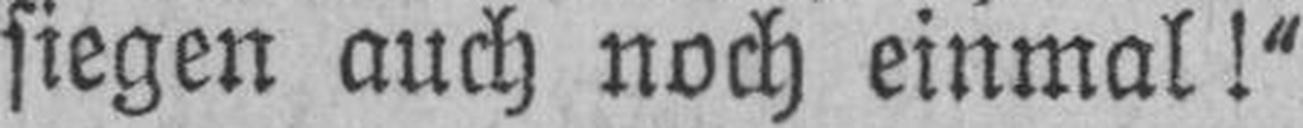
siegen auch noch einmal!“